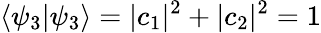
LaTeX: \left\langle\psi_{3}|\psi_{3}\right\rangle=|c_{1}|^{2}+|c_{2}|^{2}=1